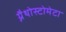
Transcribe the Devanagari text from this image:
ग्नैथोस्टोमेटा